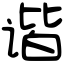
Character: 谐